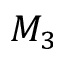
M _ { 3 }